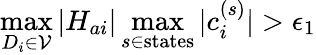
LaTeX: \operatorname*{max}_{D_{i}\in\mathcal{V}}|H_{ai}|\operatorname*{max}_{s\in\mathrm{states}}|c_{i}^{(s)}|>\epsilon_{1}